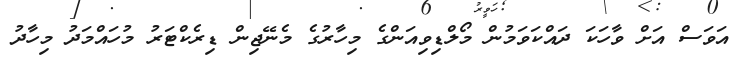
އަވަސް އަށް ވާހަކަ ދައްކަވަމުން މޯލްޑިވިއަންގެ މިހާރުގެ މެނޭޖިން ޑިރެކްޓަރު މުހައްމަދު މިހާދު